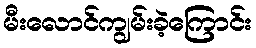
မီးလောင်ကျွမ်းခဲ့ကြောင်း